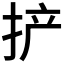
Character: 𫼪